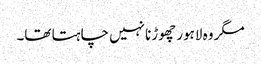
مگر وہ لاہور چھوڑنا نہیں چاہتا تھا۔